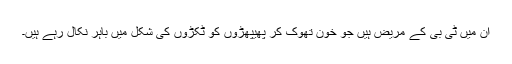
ان میں ٹی بی کے مریض ہیں جو خون تھوک کر پھیپھڑوں کو ٹکڑوں کی شکل میں باہر نکال رہے ہیں۔